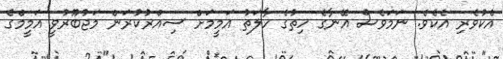
އެކުވެރި އެކެވެ. ނަމަވެސް އޭނާގެ ހިތުގެ ހާލަތު އަމީމަށް ސިއްރުކުރަން މަޖުބޫރުވީ އަމީމްގެ